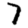
Digit: 7